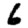
Digit: 6